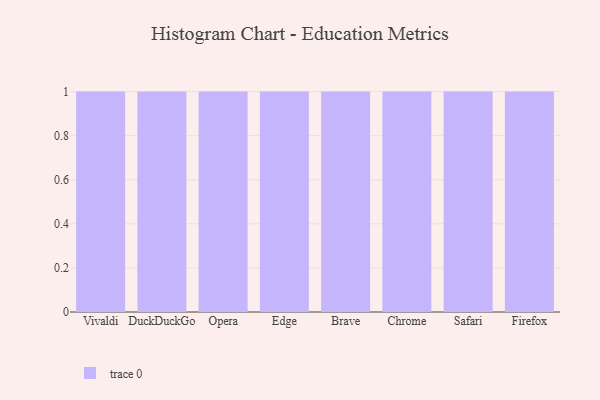
{"axis": {"x": "Browser", "y": "Gross Profit (USD K)"}, "legend": [""], "data": [{"x": "Vivaldi", "y": 70, "type": ""}, {"x": "DuckDuckGo", "y": 88, "type": ""}, {"x": "Opera", "y": 70, "type": ""}, {"x": "Edge", "y": 45, "type": ""}, {"x": "Brave", "y": 44, "type": ""}, {"x": "Chrome", "y": 27, "type": ""}, {"x": "Safari", "y": 30, "type": ""}, {"x": "Firefox", "y": 67, "type": ""}]}